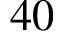
4 0